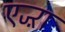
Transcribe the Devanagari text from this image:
एज्ऱा